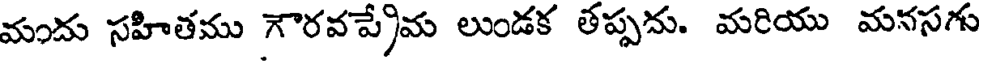
మందు సహితము గౌరవప్రేమ లుండక తప్పదు. మరియు మనసగు